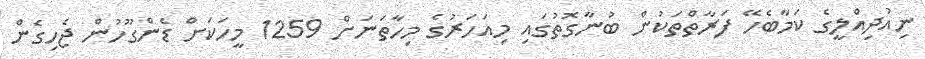
ނިއުދިއްލީގެ ކަމާބެހޭ ފަރާތްތަކުން ބުނާގޮތުގައި މިއަހަރުގެ މިހާތަނަށް 1259 މީހަކަށް ޑެންގޫހުން ޖެހިގެން